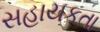
સહાયકતા